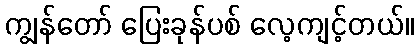
ကျွန်တော် ပြေးခုန်ပစ် လေ့ကျင့်တယ်။